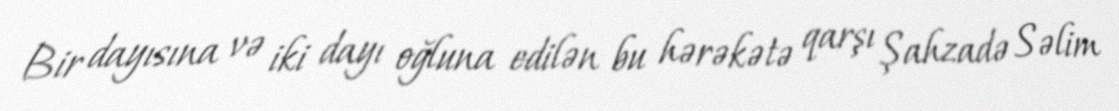
Bir dayısına və iki dayı oğluna edilən bu hərəkətə qarşı Şahzadə Səlim